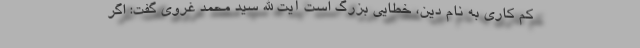
کم کاری به نام دین، خطایی بزرگ است آیت الله سید محمد غروی گفت‌: اگر